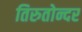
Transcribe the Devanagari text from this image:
तिरुतोन्दर